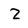
Character: Z